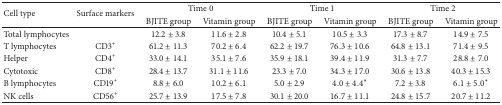
| <ROWSPAN=2> Cell type | <ROWSPAN=2> Surface markers | <COLSPAN=2> Time 0 | <COLSPAN=2> Time 1 | <COLSPAN=2> Time 2 |
 | BJITE group | Vitamin group | BJITE group | Vitamin group | BJITE group | Vitamin group |
 | --- | --- | --- | --- | --- | --- | --- | --- |
 | Total lymphocytes |  | 12.2 ± 3.8 | 11.6 ± 2.8 | 10.4 ± 5.1 | 10.5 ± 3.3 | 17.3 ± 8.7 | 14.9 ± 7.5 |
 | T lymphocytes | CD3+ | 61.2 ± 11.3 | 70.2 ± 6.4 | 62.2 ± 19.7 | 76.3 ± 10.6 | 64.8 ± 13.1 | 71.4 ± 9.5 |
 | Helper | CD4+ | 33.0 ± 14.1 | 35.1 ± 7.6 | 35.9 ± 18.1 | 39.4 ± 11.9 | 31.3 ± 7.7 | 28.8 ± 7.0 |
 | Cytotoxic | CD8+ | 28.4 ± 13.7 | 31.1 ± 11.6 | 23.3 ± 7.0 | 34.3 ± 17.0 | 30.6 ± 13.8 | 40.3 ± 15.3 |
 | B lymphocytes | CD19+ | 8.8 ± 6.0 | 10.2 ± 6.1 | 5.0 ± 2.9 | 4.0 ± 4.4* | 7.2 ± 3.8 | 6.1 ± 5.0* |
 | NK cells | CD56+ | 25.7 ± 13.9 | 17.5 ± 7.8 | 30.1 ± 20.0 | 16.7 ± 11.1 | 24.8 ± 15.7 | 20.7 ± 11.2 |